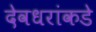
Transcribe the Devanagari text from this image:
देवधरांकडे